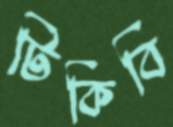
টিকিবি